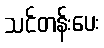
သင်တန်းပေး